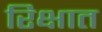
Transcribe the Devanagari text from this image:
रिक्षात